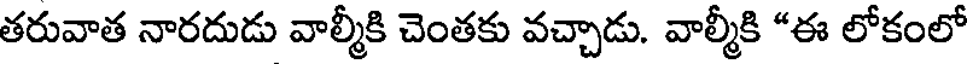
తరువాత నారదుడు వాల్మీకి చెంతకు వచ్చాడు. వాల్మీకి *ఈ లోకంలో